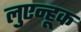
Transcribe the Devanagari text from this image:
लुएन्हूक